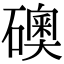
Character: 礇